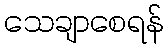
သေချာစေရန်